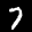
Label: 7